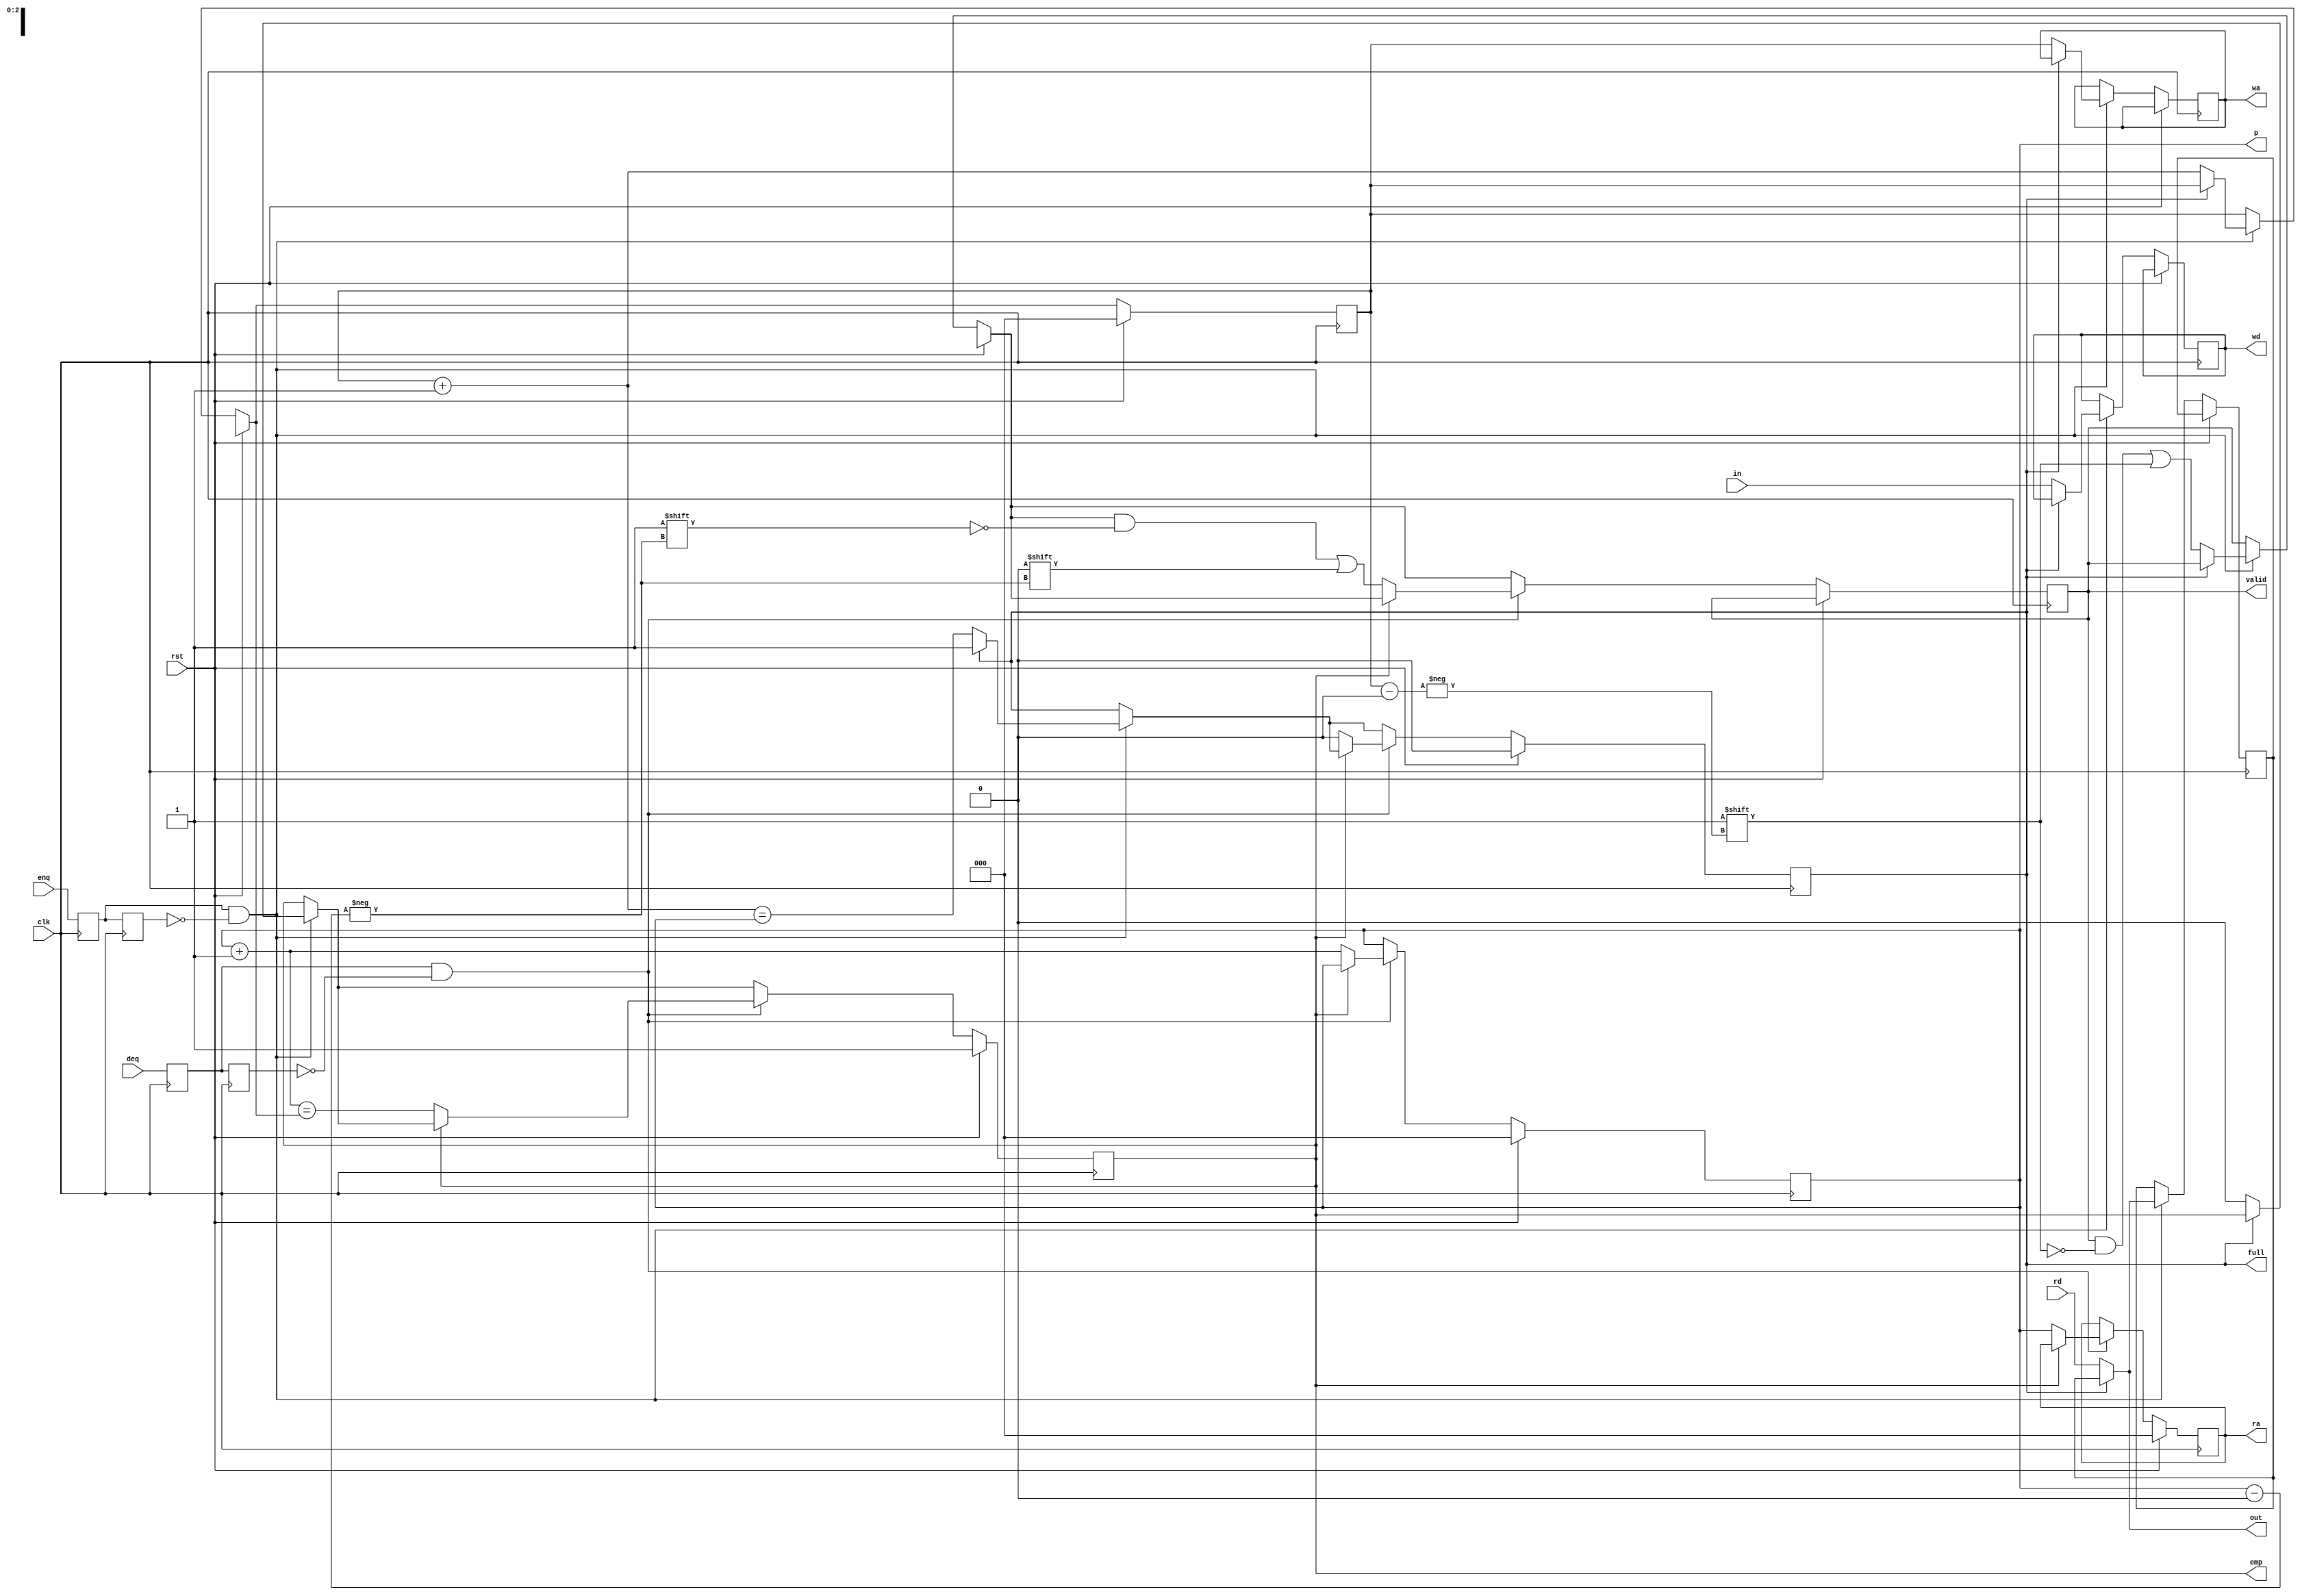
`timescale 1ns / 1ps
module LCU(
    input clk, rst,         //
    input enq,deq,          //[
    input [3:0] in,
    output reg full,emp,
    output [3:0] out,		//]
    output reg [7:0] valid, //SDU
    output [2:0] p,		    //SDU
    output reg [2:0] ra,    //RF[
    input [3:0] rd,
    output reg [2:0] wa,
    output reg [3:0] wd	    //]
    );
    wire pulse_en,pulse_de;
    reg r1_en=0,r2_en=0;
    always@(posedge clk)
    r1_en<=enq;
    always@(posedge clk)
    r2_en<=r1_en;
    assign pulse_en=r1_en&(~r2_en);
    reg r1_de=0,r2_de=0;
    always@(posedge clk)
    r1_de<=deq;
    always@(posedge clk)
    r2_de<=r1_de;
    assign pulse_de=r1_de&(~r2_de);
    //
    reg [2:0] RP=0,WP=0;
    wire [3:0] O;
    reg [3:0] o;                //
    assign p=RP;
    assign O=rd;
    assign out=full?o:O;        //muxout
    always@(posedge clk)begin
        if(rst)begin
            valid[7:0]=8'b0;
            RP=0;
            WP=0;
            full=0;
            emp=1;
            ra=0;
        end
        else begin
            if(pulse_en)begin
                if(!full)begin
                    o<=O;       //
                    wa<=WP;
                    wd<=in;
                    valid[WP]<=1;
                    WP=WP+1;
                    full<=(WP==RP);
                    emp<=0;
                end
            end
            if(pulse_de)begin
                if(!emp)begin
                    ra<=RP;
                    valid[RP]<=0;
                    RP=RP+1;
                    emp<=(RP==WP);
                    full<=0;
                end
            end
        end
    end
endmodule